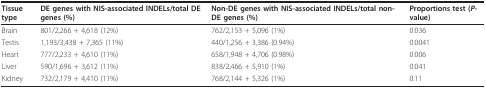
<table><thead><tr><td><b>Tissue type</b></td><td><b>DE genes with NIS-associated INDELs/total DE genes (%)</b></td><td><b>Non-DE genes with NIS-associated INDELs/total non-DE genes (%)</b></td><td><b>Proportions test (<i>P</i>-value)</b></td></tr></thead><tbody><tr><td>Brain</td><td>801/2,266 + 4,618 (12%)</td><td>762/2,153 + 5,096 (1%)</td><td>0.036</td></tr><tr><td>Testis</td><td>1,193/3,438 + 7,365 (11%)</td><td>440/1,256 + 3,386 (0.94%)</td><td>0.0041</td></tr><tr><td>Heart</td><td>777/2,233 + 4,610 (11%)</td><td>658/1,948 + 4,706 (0.98%)</td><td>0.006</td></tr><tr><td>Liver</td><td>590/1,696 + 3,612 (11%)</td><td>838/2,466 + 5,910 (1%)</td><td>0.041</td></tr><tr><td>Kidney</td><td>732/2,179 + 4,410 (11%)</td><td>768/2,144 + 5,326 (1%)</td><td>0.11</td></tr></tbody></table>